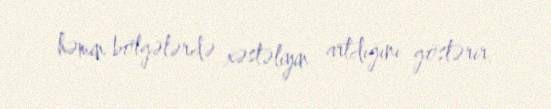
həmin bölgələrdə xəstəliyin artdığını göstərir.